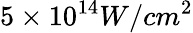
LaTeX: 5\times 10^{14}W/cm^{2}